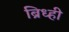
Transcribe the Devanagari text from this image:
ब्रिध्ही